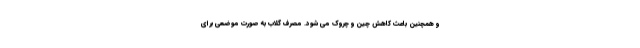
و همچنین باعث کاهش چین و چروک می شود. مصرف گلاب به صورت موضعی برای